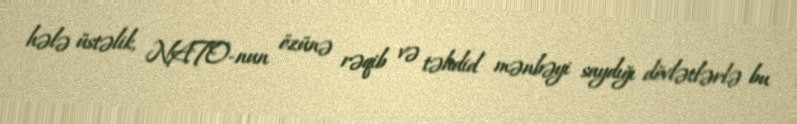
hələ üstəlik, NATO-nun özünə rəqib və təhdid mənbəyi saydığı dövlətlərlə bu